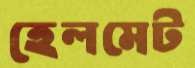
হেলমেট